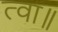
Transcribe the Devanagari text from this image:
त्वा॥